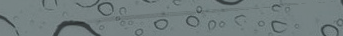
صالون تجميل للرجال: قص ال